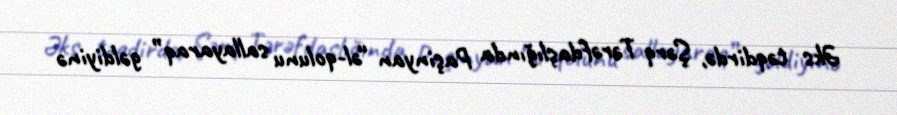
Əks təqdirdə, Şərq Tərəfdaşlığında Paşinyan “əl-qolunu sallayaraq” gəldiyinə